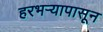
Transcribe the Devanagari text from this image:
हरभऱ्यापासून